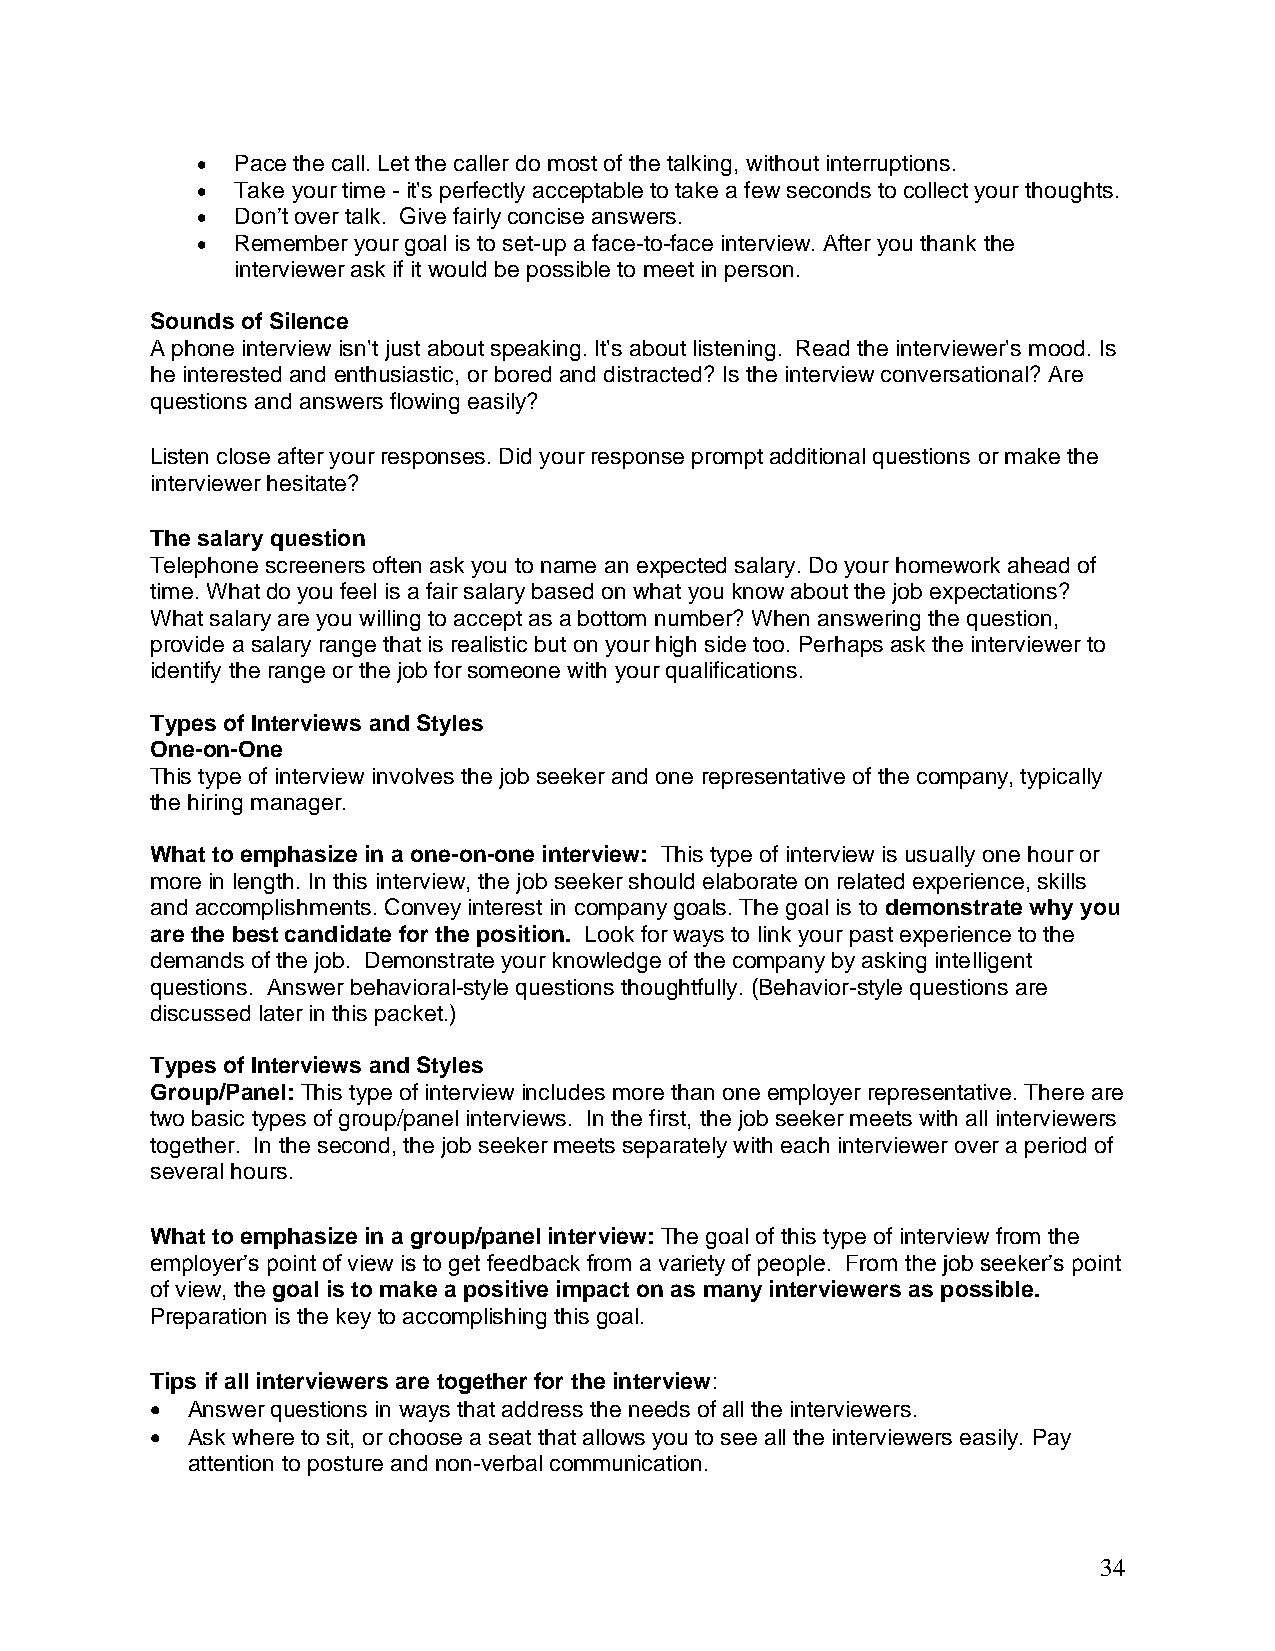
  Pace the call. Let the caller do most of the talking, without interruptions.
   Take your time - it's perfectly acceptable to take a few seconds to collect your thoughts.
   Don’t over talk. Give fairly concise answers.
   Remember your goal is to set-up a face-to-face interview. After you thank the
 interviewer ask if it would be possible to meet in person.
 Sounds of Silence
 A phone interview isn't just about speaking. It's about listening. Read the interviewer's mood. Is
 he interested and enthusiastic, or bored and distracted? Is the interview conversational? Are
 questions and answers flowing easily?
 Listen close after your responses. Did your response prompt additional questions or make the
 interviewer hesitate?
 The salary question
 Telephone screeners often ask you to name an expected salary. Do your homework ahead of
 time. What do you feel is a fair salary based on what you know about the job expectations?
 What salary are you willing to accept as a bottom number? When answering the question,
 provide a salary range that is realistic but on your high side too. Perhaps ask the interviewer to
 identify the range or the job for someone with your qualifications.
 Types of Interviews and Styles
 One-on-One
 This type of interview involves the job seeker and one representative of the company, typically
 the hiring manager.
 What to emphasize in a one-on-one interview: This type of interview is usually one hour or
 more in length. In this interview, the job seeker should elaborate on related experience, skills
 and accomplishments. Convey interest in company goals. The goal is to demonstrate why you
 are the best candidate for the position. Look for ways to link your past experience to the
 demands of the job. Demonstrate your knowledge of the company by asking intelligent
 questions. Answer behavioral-style questions thoughtfully. (Behavior-style questions are
 discussed later in this packet.)
 Types of Interviews and Styles
 Group/Panel: This type of interview includes more than one employer representative. There are
 two basic types of group/panel interviews. In the first, the job seeker meets with all interviewers
 together. In the second, the job seeker meets separately with each interviewer over a period of
 several hours.
 What to emphasize in a group/panel interview: The goal of this type of interview from the
 employer’s point of view is to get feedback from a variety of people. From the job seeker’s point
 of view, the goal is to make a positive impact on as many interviewers as possible.
 Preparation is the key to accomplishing this goal.
 Tips if all interviewers are together for the interview:
  Answer questions in ways that address the needs of all the interviewers.
  Ask where to sit, or choose a seat that allows you to see all the interviewers easily. Pay
 attention to posture and non-verbal communication.
 34